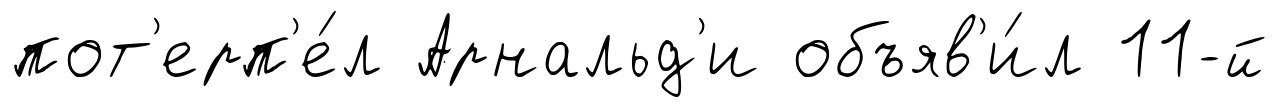
пот'ерп'е́л Арнальд'и объяв'и́л 11-й